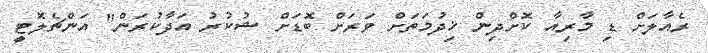
ރެއާލަށް ޑި މާރިއާ ކޮށްދިން ޚިދުމަތަށް ވަރަށް ބޮޑަށް ޝުކުރު އަދާކުރަން" އަންޗެލޮޓީ